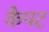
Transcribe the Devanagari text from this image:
कैपट